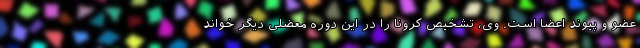
عضو و پیوند اعضا است. وی، تشخیص کرونا را در این دوره معضلی دیگر خواند